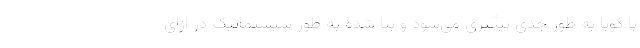
با کوبا به طور جدی پیگیری می‌شود و بنا شده به طور سیستماتیک در ازای